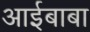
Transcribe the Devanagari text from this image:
आईबाबा